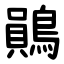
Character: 鶰